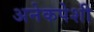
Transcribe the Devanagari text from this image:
अनेकपेशी